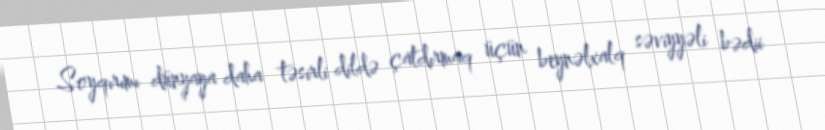
Soyqırımı dünyaya daha təsirli dildə çatdırmaq üçün beynəlxalq səviyyəli bədii